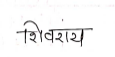
मजकूर: शिवराय